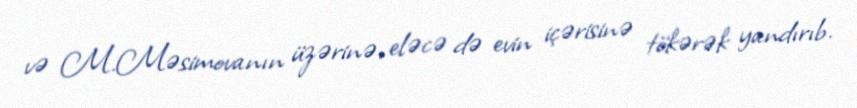
və M.Məsimovanın üzərinə, eləcə də evin içərisinə tökərək yandırıb.